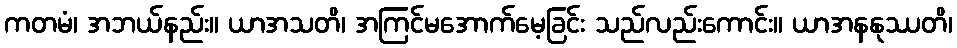
ကတမံ၊ အဘယ်နည်း။ ယာအသတိ၊ အကြင်မအောက်မေ့ခြင်း သည်လည်းကောင်း။ ယာအနနုဿတိ၊